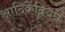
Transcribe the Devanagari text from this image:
आदिक्रैंब्रियन